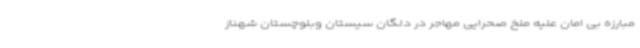
مبارزه بی امان علیه ملخ صحرایی مهاجر در دلگان سیستان وبلوچستان شهناز